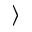
\rangle